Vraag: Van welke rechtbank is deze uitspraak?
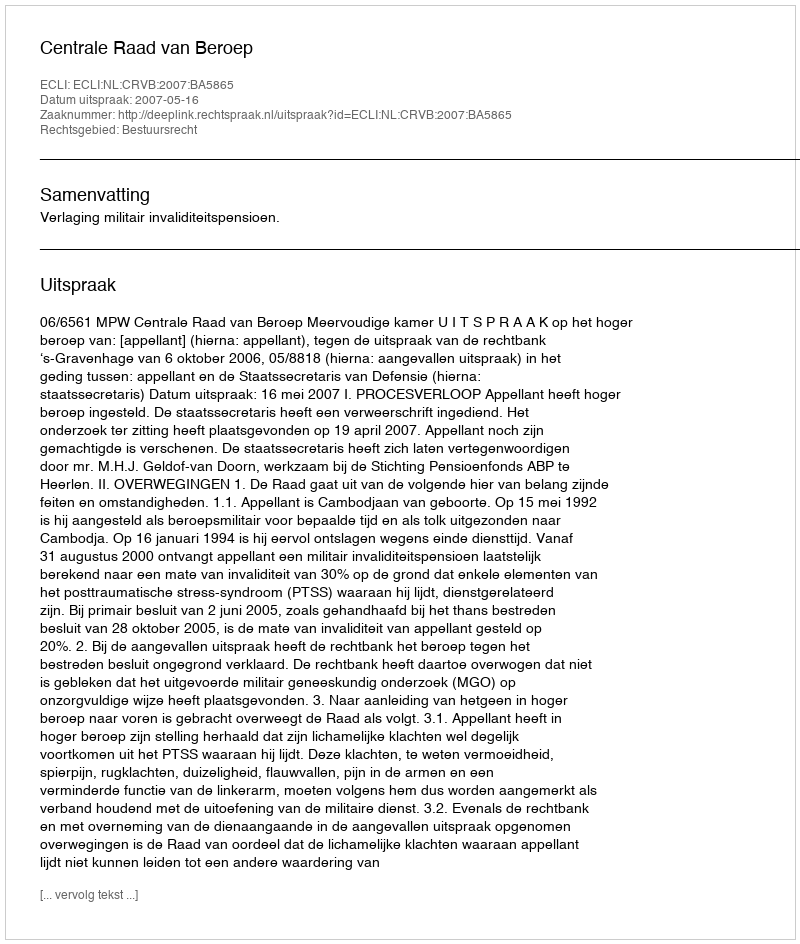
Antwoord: Centrale Raad van Beroep